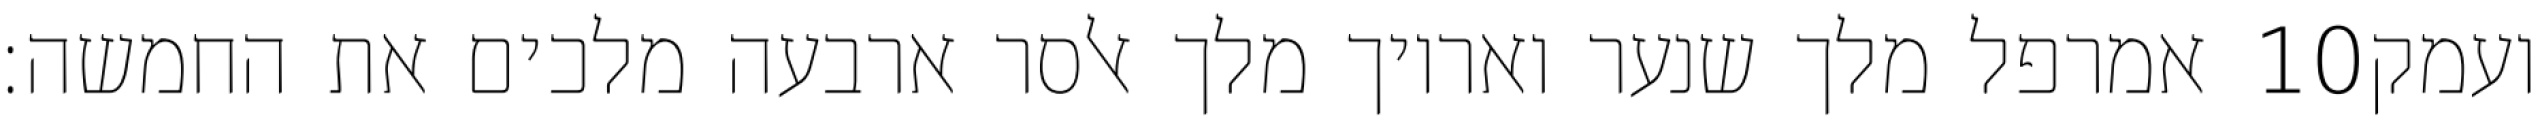
אמרפל מלך שנער ואריוך מלך אלסר ארבעה מלכים את החמשה׃ ‎10‏ ועמק